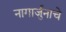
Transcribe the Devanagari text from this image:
नागार्जुनाचे